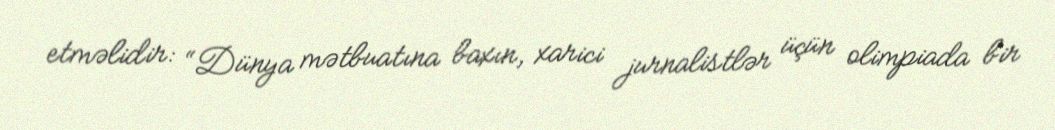
etməlidir: “Dünya mətbuatına baxın, xarici jurnalistlər üçün olimpiada bir